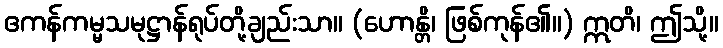
ဧကန်ကမ္မသမုဋ္ဌာန်ရုပ်တို့ချည်းသာ။ (ဟောန္တိ၊ ဖြစ်ကုန်၏။) ဣတိ၊ ဤသို့။